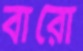
বারো